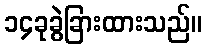
၁၄ခုခွဲခြားထားသည်။